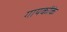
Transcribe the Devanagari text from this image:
गायकोंके